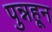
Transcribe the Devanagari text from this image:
पुन्नहून